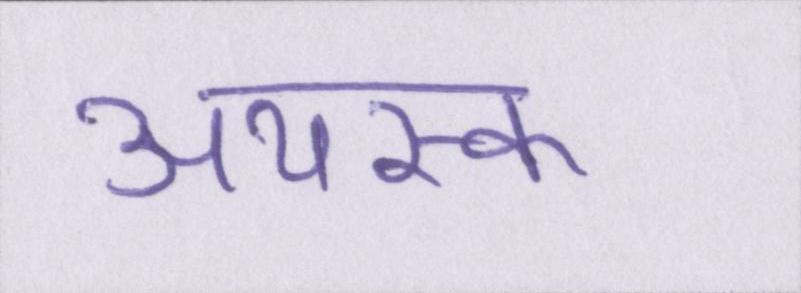
अयस्क